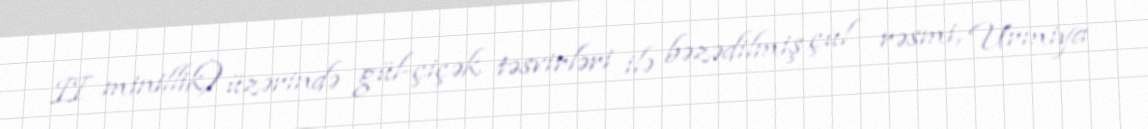
II minillik) üzərində gül-çiçək təsvirləri ilə bəzədilmiş çul rəsmi, Urmiya